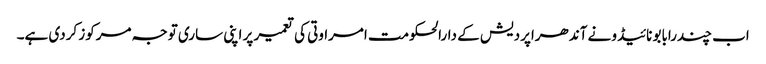
اب چندرابابو نائیڈو نے آندھراپردیش کے دارالحکومت امراوتی کی تعمیر پر اپنی ساری توجہ مرکوز کردی ہے۔